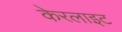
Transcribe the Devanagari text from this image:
केरलाइट